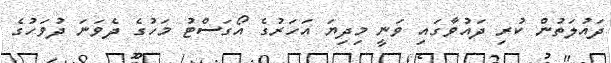
ދައުލަތުން ކުރި ދައުވާގައި ވަނީ މިދިޔަ އަހަރުގެ އޯގަސްޓު މަހުގެ ދެވަނަ ދުވަހުގެ